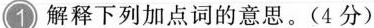
1 解释下列加点词的意思。(4分)